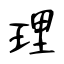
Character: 理